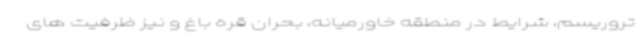
تروریسم، شرایط در منطقه خاورمیانه، بحران قره باغ و نیز ظرفیت های